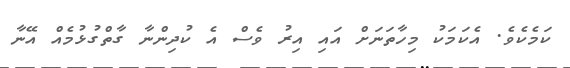
ކަމެކެވެ. އެކަމަކު މިހާތަނަށް އައި އިރު ވެސް އެ ކުދިންނާ ގާތްގުޅުމެއް އޭނާ